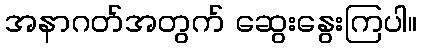
အနာဂတ်အတွက် ဆွေးနွေးကြပါ။